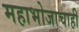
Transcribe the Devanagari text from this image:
महाभोजाचाही